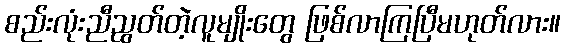
စည်းလုံးညီညွတ်တဲ့လူမျိုးတွေ ဖြစ်လာကြပြီမဟုတ်လား။